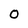
Character: 0